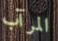
المرآب